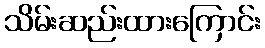
သိမ်းဆည်းထားကြောင်း